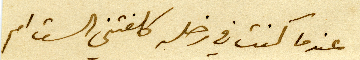
عندما كنت في زحله كلفتني الست ام